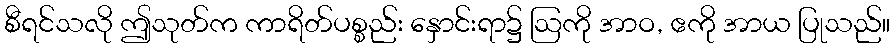
စီရင်သလို ဤသုတ်က ကာရိတ်ပစ္စည်း နှောင်းရာ၌ ဩကို အာဝ, ဧကို အာယ ပြုသည်။